Report on lock hospitals in British Burma
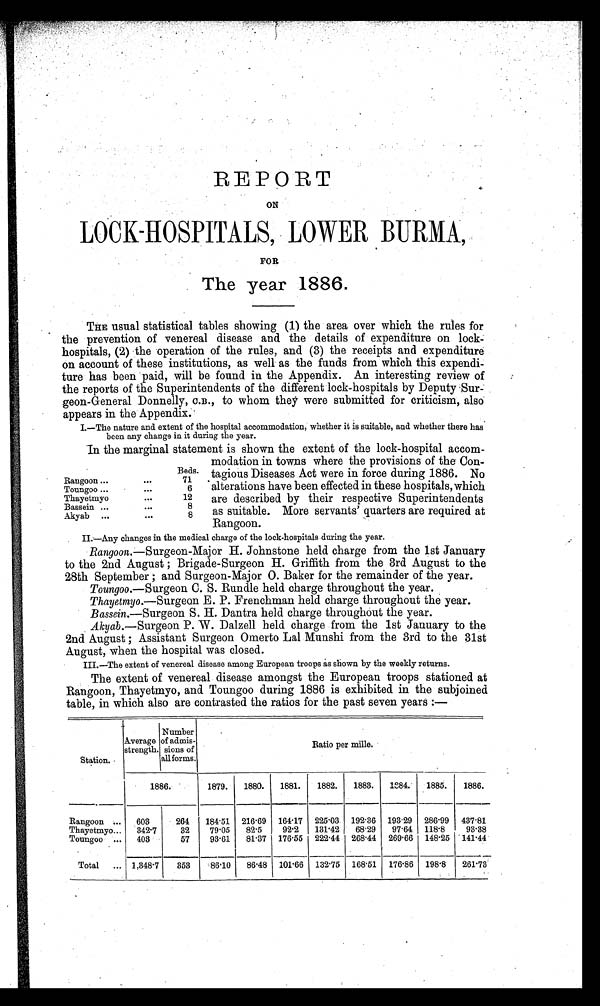
THE usual statistical tables showing (1) the area over which the rules for
the prevention of venereal disease and the details of expenditure on lock-
hospitals, (2) the operation of the rules, and (3) the receipts and expenditure
on account of these institutions, as well as the funds from which this expendi-
ture has been paid, will be found in the Appendix. An interesting review of
the reports of the Superintendents of the different lock-hospitals by Deputy Sur
-
geon-General Donnelly, C.B., to whom they were submitted for criticism, also
appears in the Appendix.
I.—The nature and extent of the hospital accommodation, whether it is suitable, and whether there has'
been any change in it during the year.
In the marginal statement is shown the extent of the lock-hospital accom-
modation in towns where the provisions of the Con-
Beds. tagious Diseases Act were in force during 1886. No
Rangoon ...
Toungoo
Thayetmyo
Bassein ...
Akyab
•••
71
6
12
8
8
alterations have been effected in these hospitals, which
are described by their respective Superintendents
as suitable. More servants' quarters are required at
Rangoon.
II.—Any changes in the medical charge of the lock-hospitals during the year.
Rangoon .—Surgeon-Major H. Johnstone held charge from the 1st January
to the 2nd August ; Brigade-Surgeon H. Griffith from the 3rd August to the
28th September ; and Surgeon-Major O. Baker for the remainder of the year.
Toungoo.— Surgeon C. S. Rundle held charge throughout the year.
Thayetmyo .—Surgeon E. P. Frenchman held charge throughout the year.
Bassein .—Surgeon S. H. Dantra held charge throughout the year.
Akyab.— Surgeon P. W. Dalzell held charge from the 1st January to the
2nd August ; Assistant Surgeon Omerto Lal Munshi from the 3rd to the 31st
August, when the hospital was closed.
III.—The extent of venereal disease among European troops as shown by the weekly returns.
The extent of venereal disease amongst the European troops stationed at
Rangoon, Thayetmyo, and Toungoo during 1886 is exhibited in the subjoined
table, in which also are contrasted the ratios for the past seven years
REPORT
ON
LOCK-HOSPITALS, LOWER BURMA,
FOR
The year 1886.
Station.
Average
strength
Number
of admis-
sions of
allforms.
Ratio per mille.
1886.
1879. 1880. 1881. 1882. 1883. 1884. 1885. 1886.
Rangoon... 603
264 184.51 216.69 164.17 225.03 192.36 193.29 286.99 437.81
Thayetmyo... 342.7
32
79.05 82.5
92.2 131.42 68.29 97.64 118.8
93.38
Toungoo... 403
57
93.61 81.37 176.55 222.44 268.44 269.66 148.25 141.44
Total ... 1,348.7 353
. 86.10 86.48 101.66 132.75 168.51 176.86 198.8 261.73